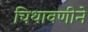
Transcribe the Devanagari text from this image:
चिथावणीने